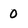
Character: 0